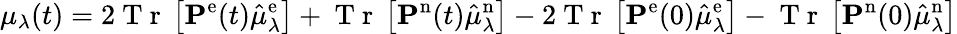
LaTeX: \mu_{\lambda}(t)=2\mathrm{~T~r~}\left[\mathbf{P}^{\mathrm{e}}(t)\hat{\mu}_{\lambda}^{\mathrm{e}}\right]+\mathrm{~T~r~}\left[\mathbf{P}^{\mathrm{n}}(t)\hat{\mu}_{\lambda}^{\mathrm{n}}\right]-2\mathrm{~T~r~}\left[\mathbf{P}^{\mathrm{e}}(0)\hat{\mu}_{\lambda}^{\mathrm{e}}\right]-\mathrm{~T~r~}\left[\mathbf{P}^{\mathrm{n}}(0)\hat{\mu}_{\lambda}^{\mathrm{n}}\right]